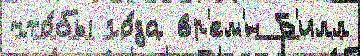
что́бы го́да вр'ем'́н Б'илл